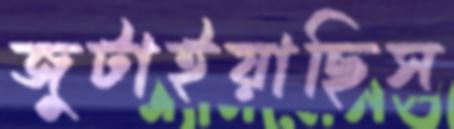
জুটাইয়াছিস